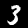
Label: 3